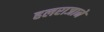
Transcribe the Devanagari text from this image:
हलराजाने